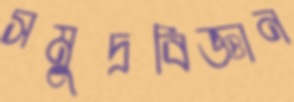
সমুদ্রবিজ্ঞান